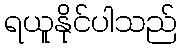
ရယူနိုင်ပါသည်